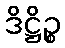
ဒိဋ္ဌိဉ္စ